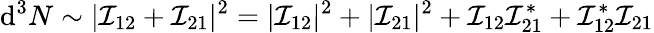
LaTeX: \mathrm{d}^{3}N\sim|\mathcal{I}_{12}+\mathcal{I}_{21}|^{2}=|\mathcal{I}_{12}|^{2}+|\mathcal{I}_{21}|^{2}+\mathcal{I}_{12}\mathcal{I}_{21}^{*}+\mathcal{I}_{12}^{*}\mathcal{I}_{21}